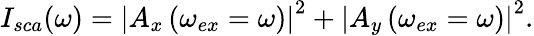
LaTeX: I_{sca}(\omega)=\left|A_{x}\left(\omega_{ex}=\omega\right)\right|^{2}+\left|A_{y}\left(\omega_{ex}=\omega\right)\right|^{2}.